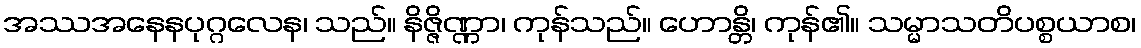
အဿအနေနပုဂ္ဂလေန၊ သည်။ နိဇ္ဇိဏ္ဏာ၊ ကုန်သည်။ ဟောန္တိ၊ ကုန်၏။ သမ္မာသတိပစ္စယာစ၊